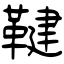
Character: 鞬